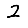
Digit: 2